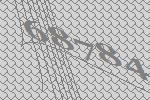
68784